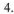
4.